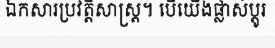
ឯកសារប្រវត្តិសាស្ត្រ។ បើយើងផ្លាស់ប្តូរ